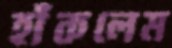
হাঁকলেম